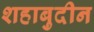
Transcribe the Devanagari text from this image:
शहाबुदीन